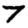
Digit: 7